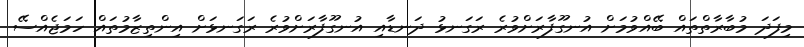
މިފަދަ މުބާރާތްތައް ބޭއްވުމަށް އުނގޫފާރަށްވުރެ ރަގަނޅު ދަނޑާއި އުނގޫފާރަށްވުރެ ރަގަނޅަށް އިންތިޒާމުތައް ހަމަޖެއްސޭ